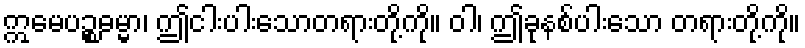
ဣမေပဉ္စဓမ္မာ၊ ဤငါးပါးသောတရားတို့ကို။ ဝါ၊ ဤခုနစ်ပါးသော တရားတို့ကို။